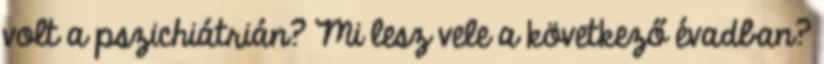
volt a pszichiátrián? Mi lesz vele a következő évadban?